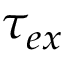
\tau _ { e x }